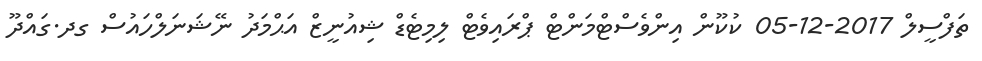
ތަފްސީލް 2017-12-05 ކުކޫން އިންވެސްޓްމަންޓް ޕްރައިވެޓް ލިމިޓެޑް ޝިއުނީޒް އަޙްމަދު ނޭޝަނަލްހައުސް ގދ.ގައްދޫ